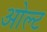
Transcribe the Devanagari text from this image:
ओल्ट